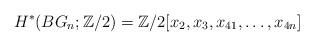
LaTeX: \begin{align*}H^{*}(BG_n;\mathbb{Z}/2)=\mathbb{Z}/2[x_2,x_3, x_{41}, \dots, x_{4n}]\end{align*}